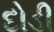
દોડી